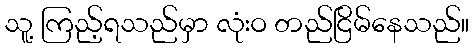
သူ့ ကြည့်ရသည်မှာ လုံးဝ တည်ငြိမ်နေသည်။